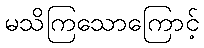
မသိကြသောကြောင့်